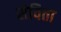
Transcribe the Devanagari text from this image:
सेविता